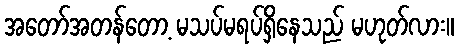
အတော်အတန်တော့ မသပ်မရပ်ရှိနေသည် မဟုတ်လား။